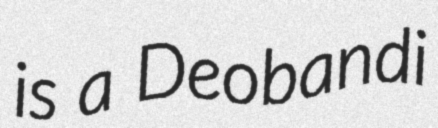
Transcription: is a Deobandi